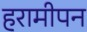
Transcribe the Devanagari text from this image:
हरामीपन